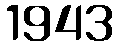
1943